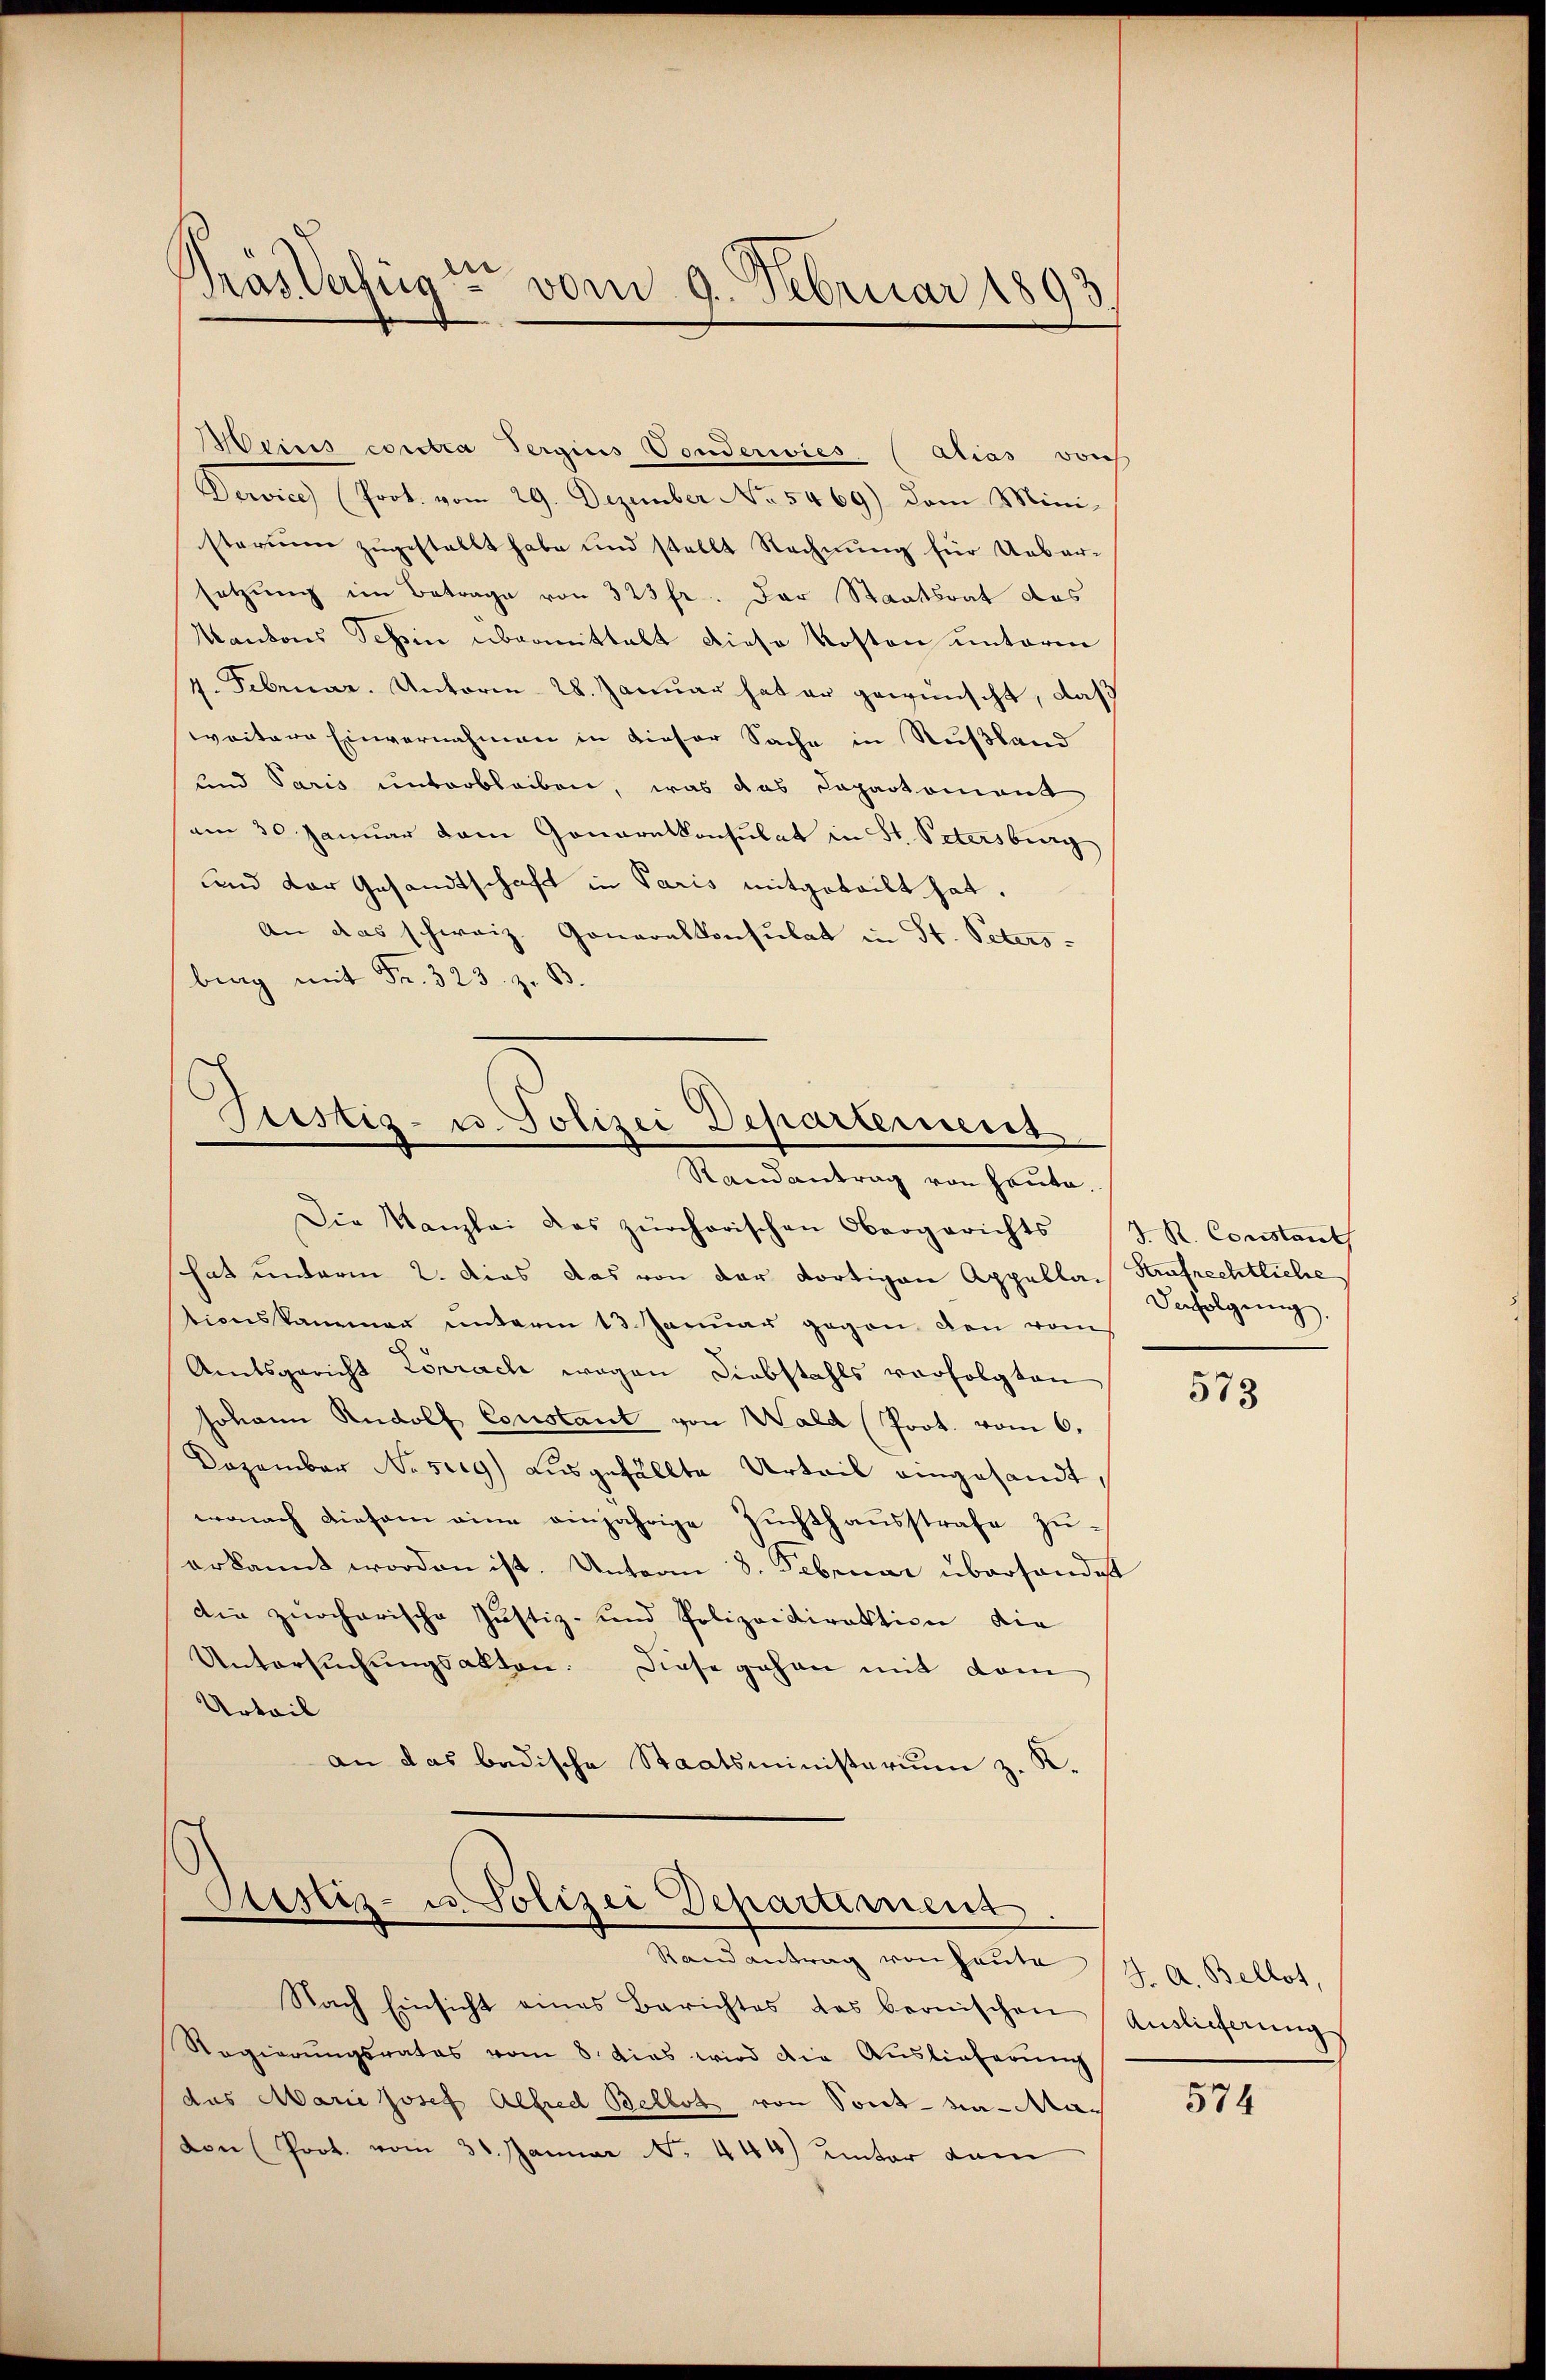
Dräs Verfügte vom 9. Februar 1893.

Weins contra Sergins Vonderwies (Atias von
Dervice) (Prot. vom 29. Dezember No. 5469) dem Mini-
sterium zugestellt habe und stellt Rechnung für Ueber-
setzung im Betrage von 323 fr. Der Staatsrat das
Kantons Schein übermittalt diese Kosten unterm
4. Februar. Unterm 28. Januar hat er gewünscht, daß
weitere Einvernahmen in dieser Sache in Rußland
und Paris unterbleiben, was das Capartement
am 30. Januar dem Generalkonsulat in St. Petersburg
und der Gesandtschaft in Paris mitgeteilt hat.
An das schweiz. Generalkonsulat in St. Peters-
bing mit Fr. 323. z. B

Justiz- u. Polizei Departement
Randantrag von heute.

Stistiz- u. Polizei Departiment
Randantrag von heute

Die Kanzlei das zürcherischen Obergerichts S. R. Constant
hat unterm 2. das das von der dortigen Appella. Aufrechtliche
tionskammer unterm 13. Januar gegen den vom
Amtsgericht Lörrach wegen Diebstahls verfolgten
Johann Rudolf Constant von Wald (Prot. vom 6.
Dezember Nesug) ausgefällte Urteil eingesandt,
wonach diesem eine einjährige Zuchthausstrafe zuerkannt worden ist. Unterm 8. Februar übersandt
Die zürcherische Justiz- und Polizeidirektion die
Untersuchungsakten. Diese gehen mit dem
Urteil
an das badische Staatsministerium z. K.

Nach Einsicht eines Berichtes das bernischen
Regierŭngsrates vom 8. dies wird die Auslieferŭng
das Marie Josef Alfred Bellos von Sont na-Waden (Prot. vom 31. Januar N. 444) unter dem

Verfolgung,

573

J. A. Bellot,
Auslicherung

574